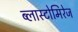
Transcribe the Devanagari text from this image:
ब्लास्टोमिरेज